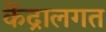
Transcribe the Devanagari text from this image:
केंद्रालगत